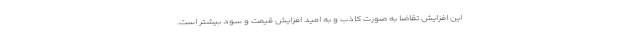
این افزایش تقاضا به صورت کاذب و به امید افزایش قیمت و سود بیشتر است.